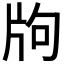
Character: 𤖵